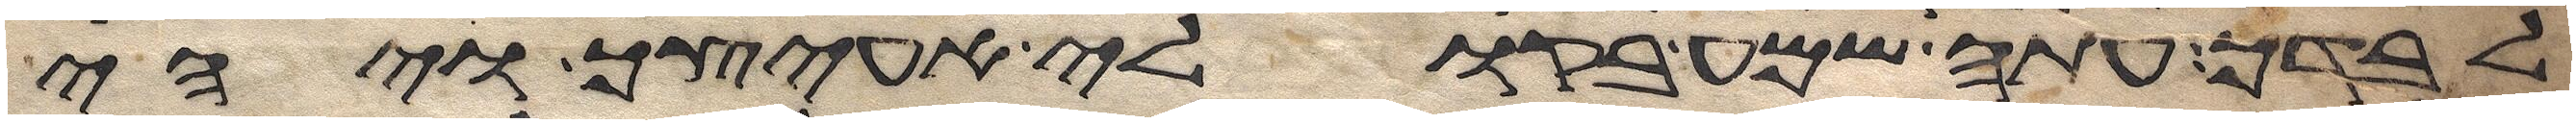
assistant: לבדך עתה שמע בקולי אעיצך ויהי